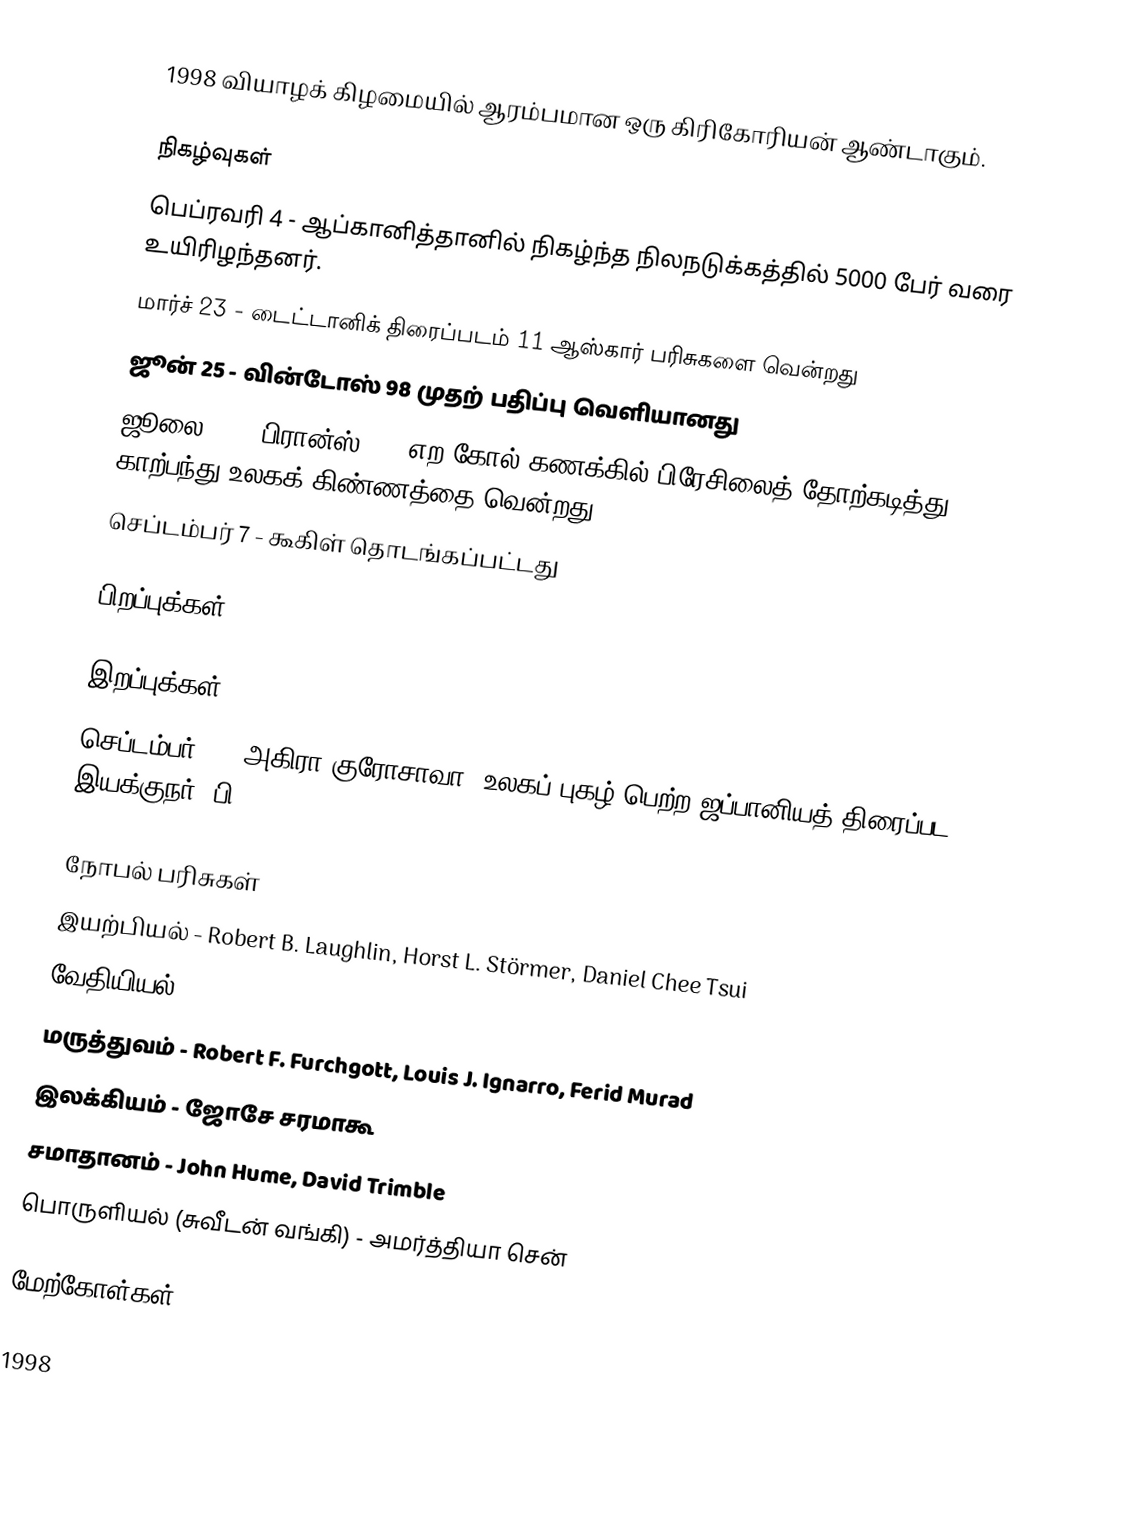
1998 வியாழக் கிழமையில் ஆரம்பமான ஒரு கிரிகோரியன் ஆண்டாகும்.

நிகழ்வுகள்
 பெப்ரவரி 4 - ஆப்கானித்தானில் நிகழ்ந்த நிலநடுக்கத்தில் 5000 பேர் வரை உயிரிழந்தனர்.
 மார்ச் 23 - டைட்டானிக் திரைப்படம் 11 ஆஸ்கார் பரிசுகளை வென்றது
 ஜூன் 25 - வின்டோஸ் 98 முதற் பதிப்பு வெளியானது
 ஜூலை 12 - பிரான்ஸ் 3-0 எற கோல் கணக்கில் பிரேசிலைத் தோற்கடித்து காற்பந்து உலகக் கிண்ணத்தை வென்றது.
 செப்டம்பர் 7 - கூகிள் தொடங்கப்பட்டது

பிறப்புக்கள்

இறப்புக்கள்
 செப்டம்பர் 6 - அகிரா குரோசாவா, உலகப் புகழ் பெற்ற ஜப்பானியத் திரைப்பட இயக்குநர் (பி. 1910) ]

நோபல் பரிசுகள்
 இயற்பியல் - Robert B. Laughlin, Horst L. Störmer, Daniel Chee Tsui
 வேதியியல் - Walter Kohn, John A. Pople
 மருத்துவம் - Robert F. Furchgott, Louis J. Ignarro, Ferid Murad
 இலக்கியம் - ஜோசே சரமாகூ
 சமாதானம் - John Hume, David Trimble
 பொருளியல் (சுவீடன் வங்கி) - அமர்த்தியா சென்

மேற்கோள்கள்

1998